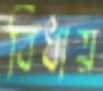
বিধায়